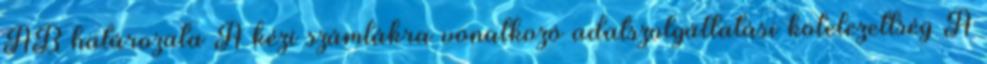
AB határozata A kézi számlákra vonatkozó adatszolgáltatási kötelezettség A